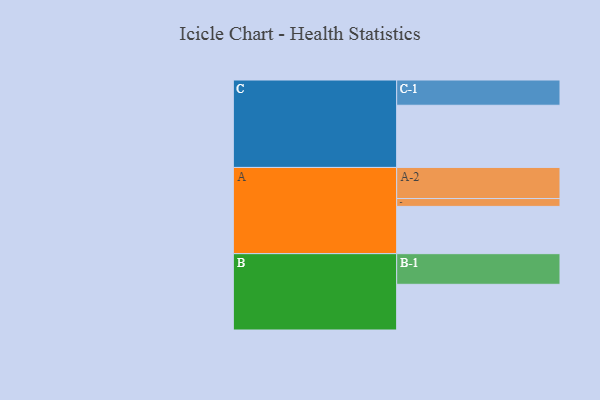
{"axis": {"x": "Segment", "y": "Value"}, "legend": ["", "A", "B", "C"], "data": [{"x": "A", "y": 421, "type": ""}, {"x": "B", "y": 407, "type": ""}, {"x": "C", "y": 554, "type": ""}, {"x": "A-1", "y": 70, "type": "A"}, {"x": "A-2", "y": 277, "type": "A"}, {"x": "B-1", "y": 273, "type": "B"}, {"x": "C-1", "y": 225, "type": "C"}]}